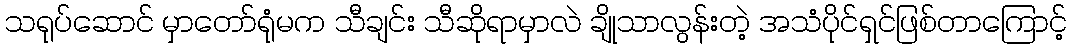
သရုပ်ဆောင် မှာတော်ရုံမက သီချင်း သီဆိုရာမှာလဲ ချိုသာလွန်းတဲ့ အသံပိုင်ရှင်ဖြစ်တာကြောင့်